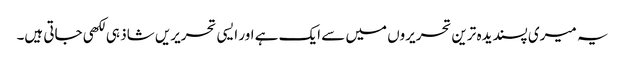
یہ میری پسندیدہ ترین تحریروں میں سے ایک ہے اور ایسی تحریریں شاذ ہی لکھی جاتی ہیں۔